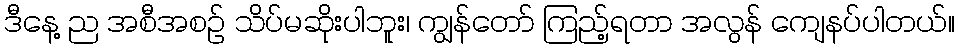
ဒီနေ့ ည အစီအစဉ် သိပ်မဆိုးပါဘူး၊ ကျွန်တော် ကြည့်ရတာ အလွန် ကျေနပ်ပါတယ်။